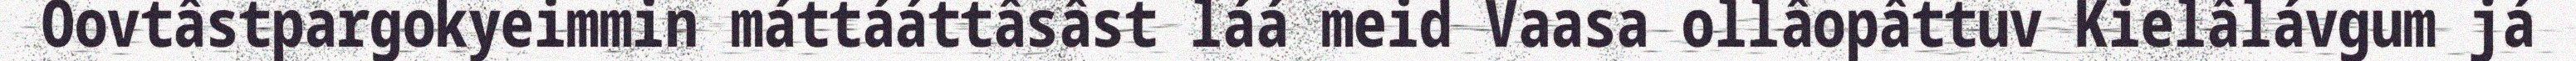
Oovtâstpargokyeimmin máttááttâsâst láá meid Vaasa ollâopâttuv Kielâlávgum já